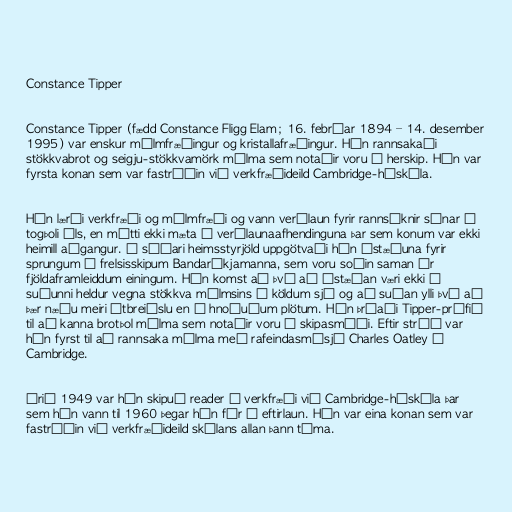
Constance Tipper

Constance Tipper (fædd Constance Fligg Elam; 16. febrúar 1894 – 14. desember
1995) var enskur málmfræðingur og kristallafræðingur. Hún rannsakaði
stökkvabrot og seigju-stökkvamörk málma sem notaðir voru í herskip. Hún var
fyrsta konan sem var fastráðin við verkfræðideild Cambridge-háskóla.

Hún lærði verkfræði og málmfræði og vann verðlaun fyrir rannsóknir sínar á
togþoli áls, en mátti ekki mæta í verðlaunaafhendinguna þar sem konum var ekki
heimill aðgangur. Í síðari heimsstyrjöld uppgötvaði hún ástæðuna fyrir
sprungum í frelsisskipum Bandaríkjamanna, sem voru soðin saman úr
fjöldaframleiddum einingum. Hún komst að því að ástæðan væri ekki í
suðunni heldur vegna stökkva málmsins í köldum sjó og að suðan ylli því að
þær næðu meiri útbreiðslu en í hnoðuðum plötum. Hún þróaði Tipper-prófið
til að kanna brotþol málma sem notaðir voru í skipasmíði. Eftir stríð var
hún fyrst til að rannsaka málma með rafeindasmásjá Charles Oatley í
Cambridge.

Árið 1949 var hún skipuð reader í verkfræði við Cambridge-háskóla þar
sem hún vann til 1960 þegar hún fór á eftirlaun. Hún var eina konan sem var
fastráðin við verkfræðideild skólans allan þann tíma.